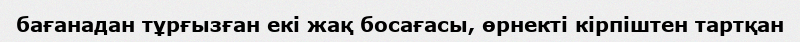
бағанадан тұрғызған екі жақ босағасы, өрнекті кірпіштен тартқан